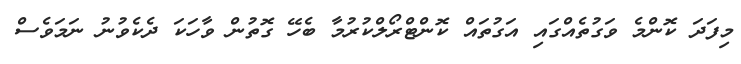
މިފަދަ ކޮންމެ ވަގުތެއްގައި އަގުތައް ކޮންޓްރޯލްކުރުމާ ބެހޭ ގޮތުން ވާހަކަ ދެކެވުނު ނަމަވެސް